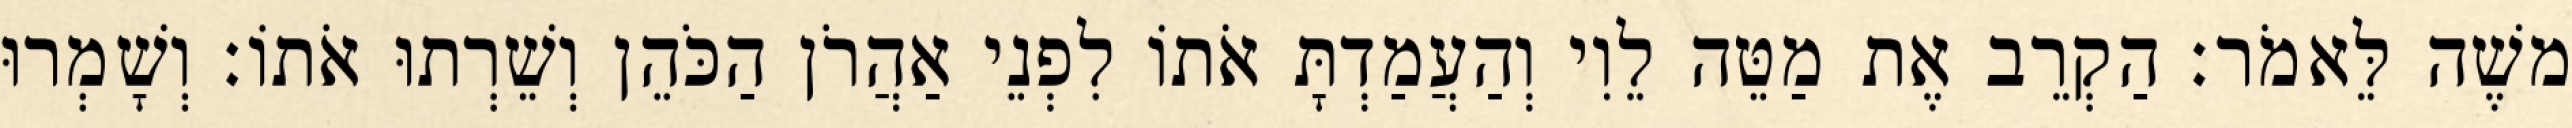
משֶׁה לֵּאמֹר׃ הַקְרֵב אֶת מַטֵּה לֵוִי וְהַעֲמַדְתָּ אֹתוֹ לִפְנֵי אַהֲרֹן הַכֹּהֵן וְשֵׁרְתוּ אֹתוֹ׃ וְשָׁמְרוּ